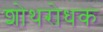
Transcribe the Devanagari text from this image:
शोथरोधक